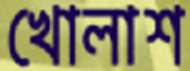
খোলাশ